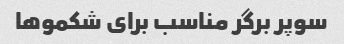
سوپر برگر مناسب برای شکمو‌ها